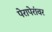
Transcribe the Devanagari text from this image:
पेरापेरांवर